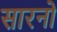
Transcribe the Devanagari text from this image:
सारनो